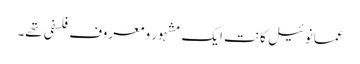
عمانوئیل کانت ایک مشہور و معروف فلسفی تھے۔